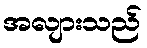
အလျားသည်